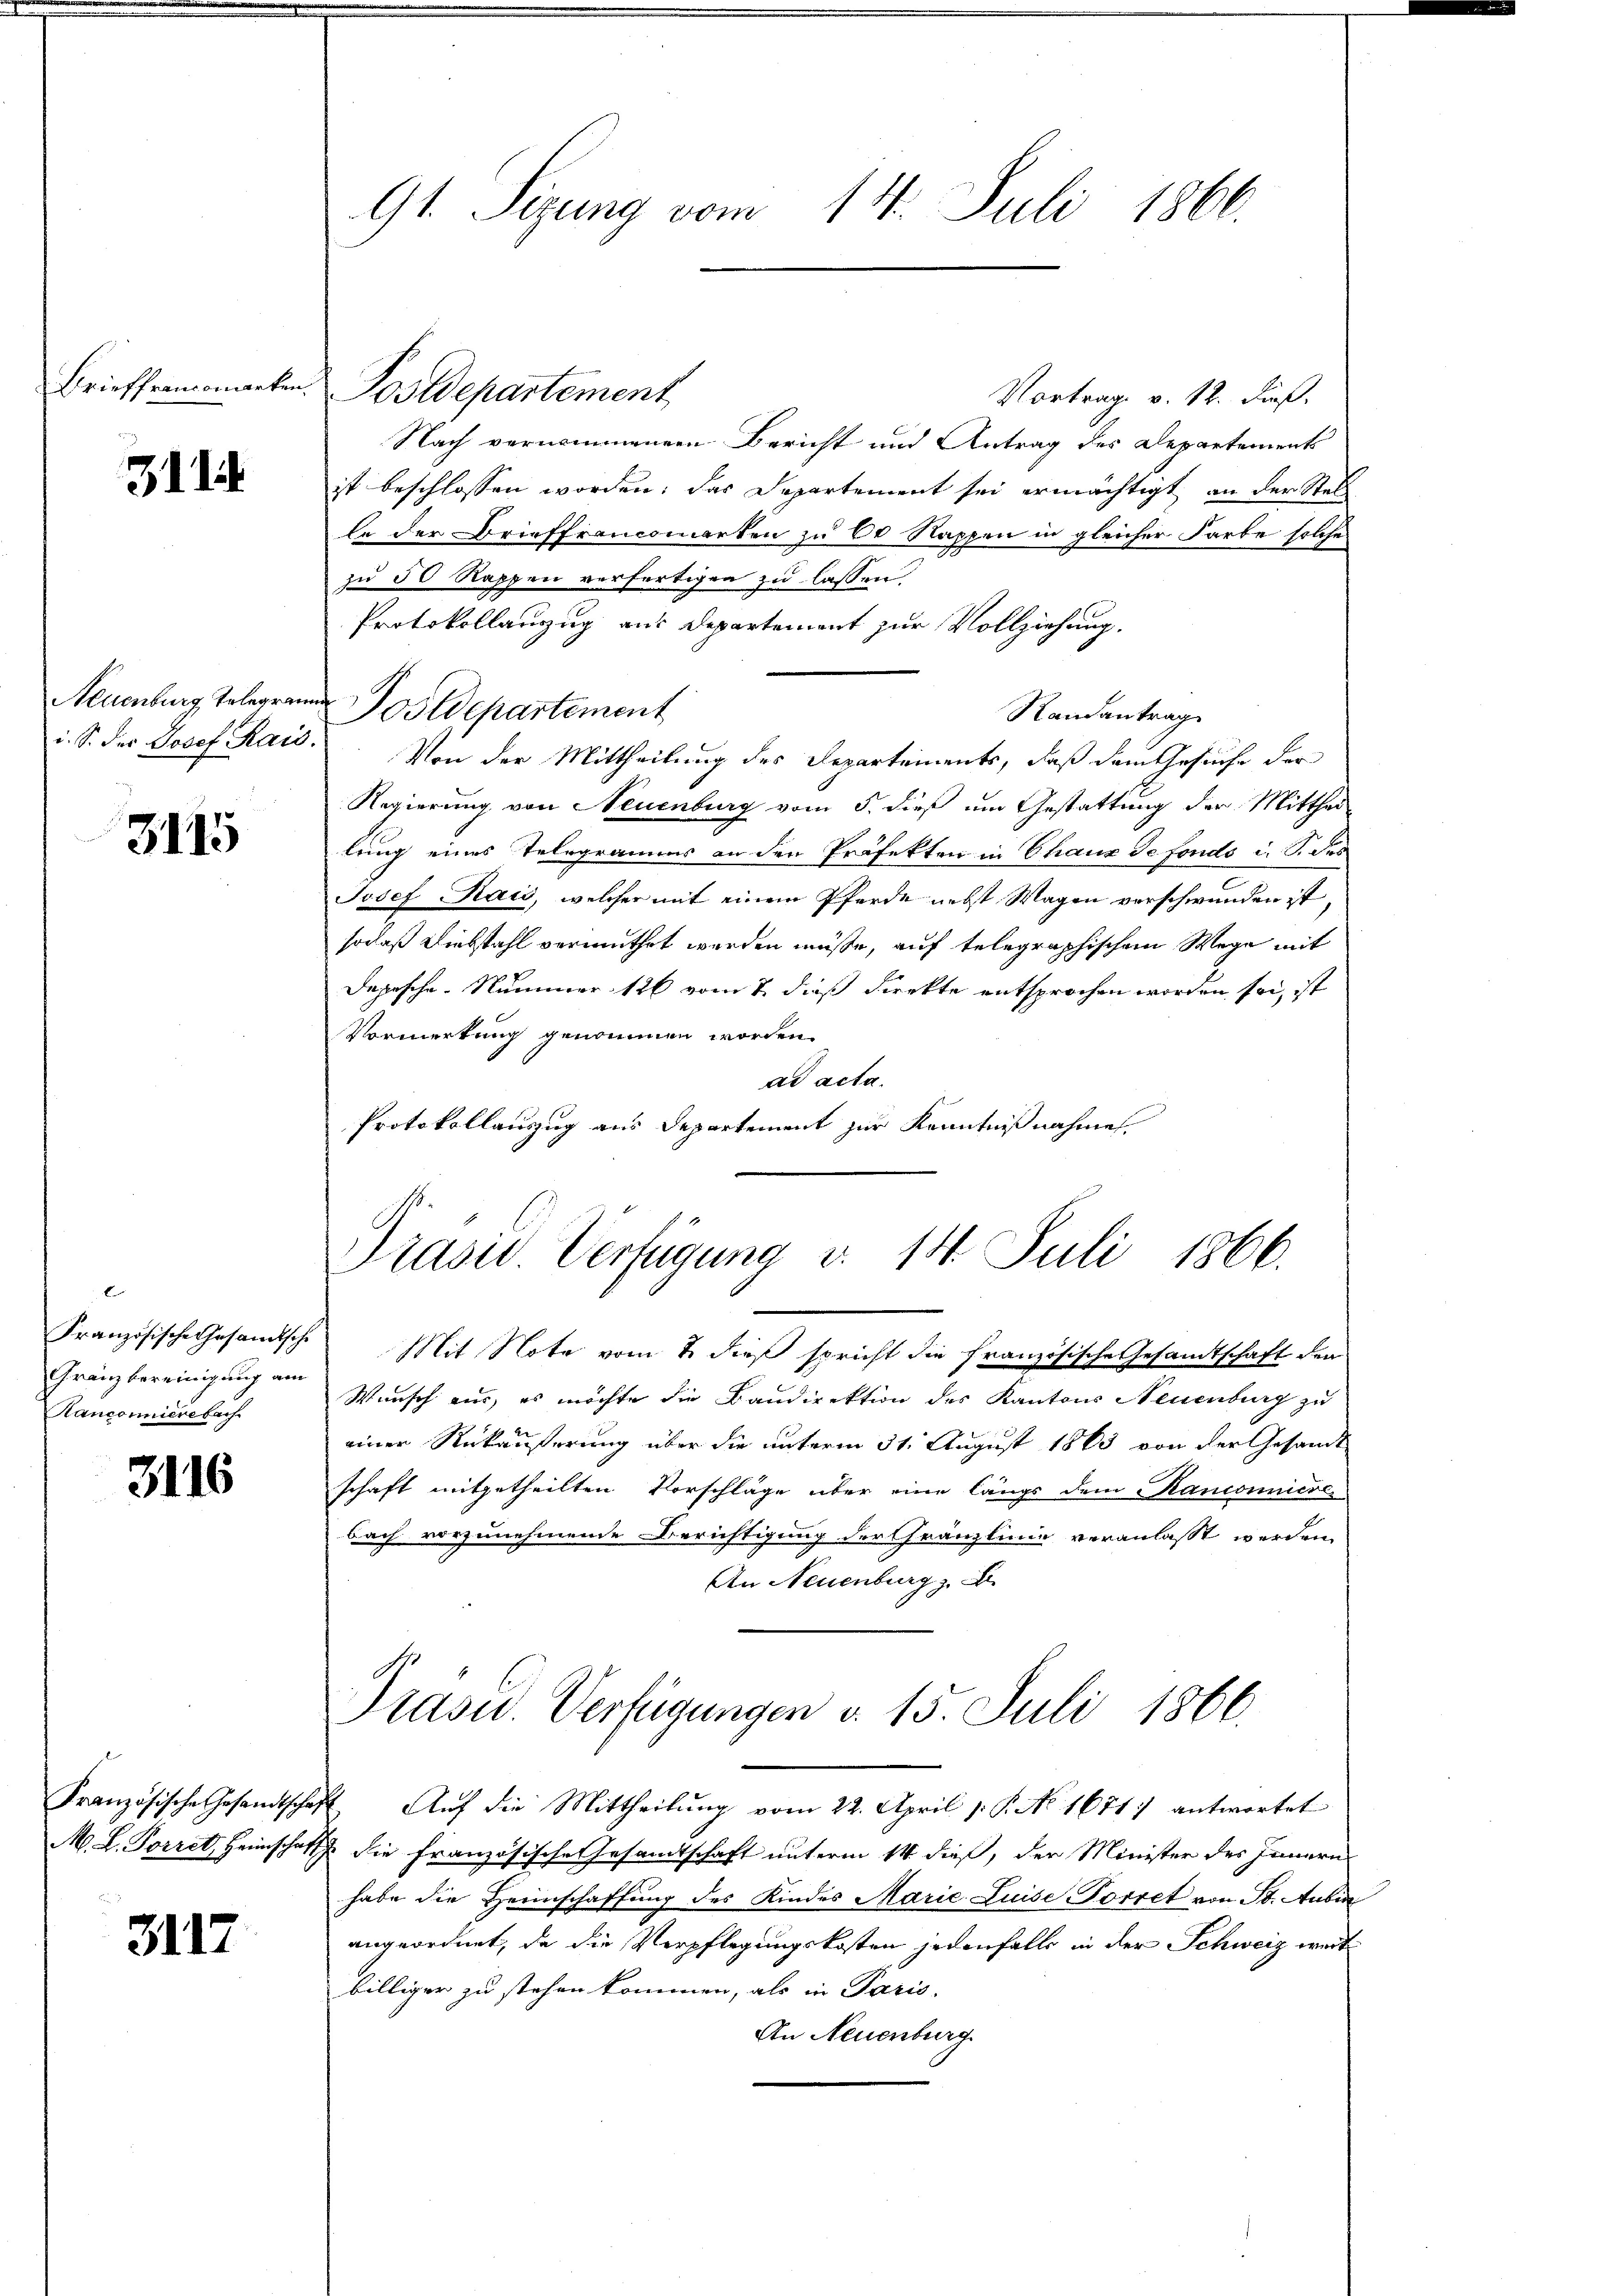
3114

3115

x
Gränzbereinigung am
Kanconnierebach

3116

3117

Vortrage v. 12. dieß.
Nach vernommenen Bericht und Antrag des Departements
ist beschlossen worden; das Departement sei ermächtigt, an der Stell
le der Brieffrancomarten zu 60 Rappen in gleicher Farbe solche
zu 50 Rappen verfertigen zu lassen.
Protokollanzug aus Departement zur Vollziehung.
Randantrag
i. S. der Josef Kais. Von der Mittheilung des Departements, daß dem Gesuche der
Regierung von Neuenburg vom 5. dieß um Gestattung der Mitthei
lung eines Telegramms an den Präfekten in Chaux de fonds i. S. des
Josef Rais, welcher mit einem Pferde nebst Wagen verschwunden ist,
sodaß Liebstahl vermuthet werden müße, auf telegraphischem Wege mit
Depesche Nummer 126 vom 2. dieß direkte entsprochen worden sei, ist
Vormerkung genommen worden.
ad acta.
Protokollauszug aus Departement zur Kenntnißnahmen.
Präsid. Verfügung v. 14. Juli 1866.
Französische Gesandtsche Mit Note vom 2. dieß spricht die französische Gesamtschaft den
Wunsch aus, es möchte die Bandirektion des Kantons Neuenburg zu
einer Rückäußerung über die unterm 31. August 1863 von der Gesandt
schaft mitgetheilten Vorschläge über eine längs dem Ranconniere
bach vorzunehmende Berichtigung der Gränzlinie veranlasst werden,
An Neuenburg z. B.
Präsid. Verfügungen d. 15. Juli 1866.
Französische Gesandtschaft Auf die Mittheilung vom 22. April v. P. No 1671) antwortet
M. L. Forret, Heimschaft die Französische Gesandtschaft unterm 14 dieß, der Minister des Innern
habe die Heimschaffung des Kindes Marie Luise Forret von St. Aubin
angeordnet, da die Verpflegungskosten jedenfalls in der Schweiz weit
billiger zu stehen kommen, als in Paris.
An Neuenburg

91. Sigung vom 14. Juli 1866.

Neuenburg Telegram Postdepartement

Briefframonaten Postdepartement